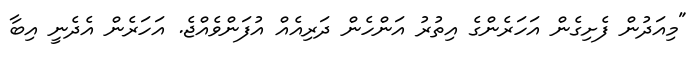
"މިއަދުން ފެށިގެން އަހަރެންގެ އިތުރު އަންހެން ދަރިއެއް އުފަންވެއްޖެ. އަހަރެން އެދެނީ އިބާ